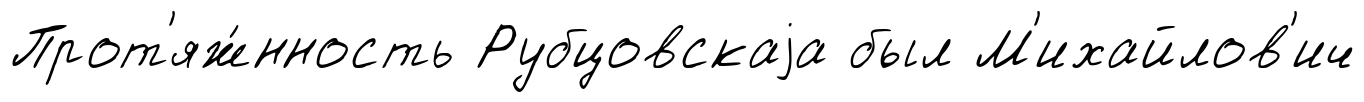
Прот'яж́нность Рубцовскаjа был М'ихайлов'ич